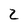
Character: 2